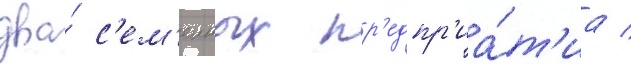
два́ с'ем'еиных пр'едпр'иа́т'иа /